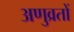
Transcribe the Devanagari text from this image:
अणुव्रतों